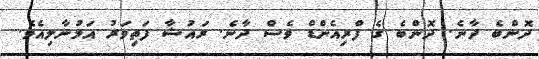
ދޮންބެ ދާނެ. ދޮންބެ ގެ ފްރިއެންޑް ވެސް ދާނެ. ރައުޝާ ފަތިވަރު އަމުނާލިއެވެ.